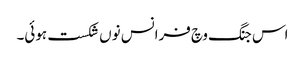
اس جنگ وچ فرانس نوں شکست ہوئی۔